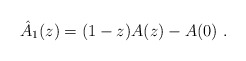
\begin{align*}\hat A_1(z) = (1-z)A(z) - A(0)\ .\end{align*}